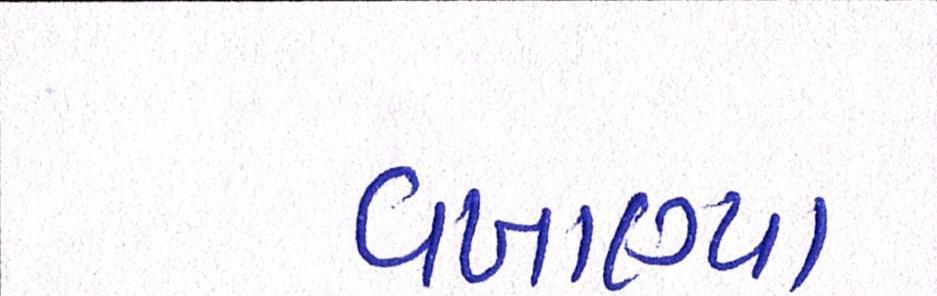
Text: વખાણ્યા